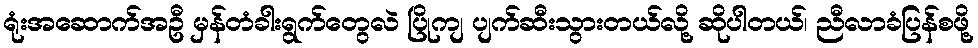
ရုံးအဆောက်အဦ မှန်တံခါးရွက်တွေလဲ ပြိုကျ ပျက်ဆီးသွားတယ်လို့ ဆိုပါတယ်၊ ညီလာခံပြန်စဖို့